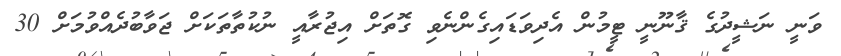
ވަނީ ނަޝީދުގެ ޤާނޫނީ ޓީމުން އެދިވަޑައިގެންނެވި ގޮތަށް އިޖުރާއީ ނުކުތާތަކަށް ޖަވާބުދެއްވުމަށް 30